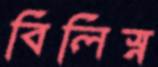
বিলিস্ন